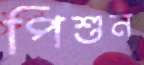
পিশুন